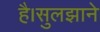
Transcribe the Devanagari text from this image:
है।सुलझाने